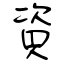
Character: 資